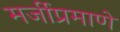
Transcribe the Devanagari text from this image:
मर्जीप्रमाणे